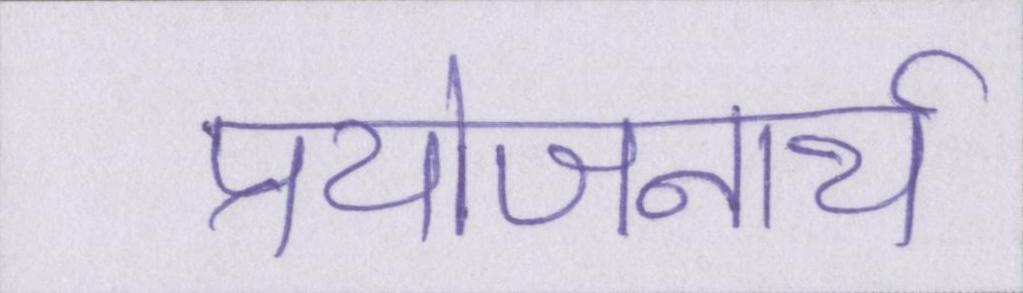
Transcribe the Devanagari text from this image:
प्रयोजनार्थ